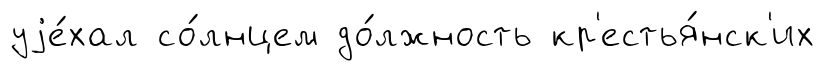
уjе́хал со́лнцем до́лжность кр'естья́нск'их